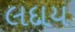
લદાય